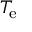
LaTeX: T _ { \mathrm { e } }